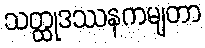
သတ္ထုဒဿနကမျတာ